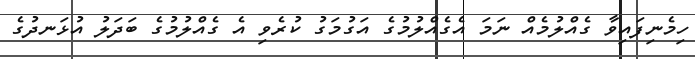
ހިމެނިފައިވާ ގެއްލުމެއް ނަމަ އެގެއްލުމުގެ އަގުމަގު ކުރެވި އެ ގެއްލުމުގެ ބަދަލު އުޅަނދުގެ